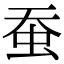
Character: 蚕